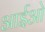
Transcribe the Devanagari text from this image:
आईओ